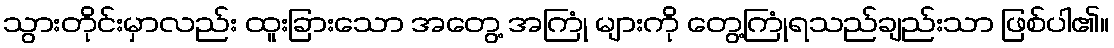
သွားတိုင်းမှာလည်း ထူးခြားသော အတွေ့ အကြုံ များကို တွေ့ကြုံရသည်ချည်းသာ ဖြစ်ပါ၏။